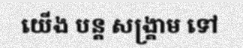
យើង បន្ត សង្គ្រាម ទៅ